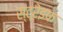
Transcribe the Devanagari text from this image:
स्ट्रेइफ